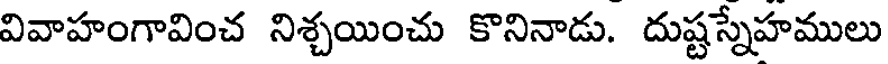
వివాహంగావించ నిశ్చయించు కొనినాడు. దుష్టస్నేహములు